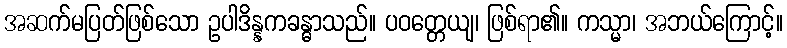
အဆက်မပြတ်ဖြစ်သော ဥပါဒိန္နကခန္ဓာသည်။ ပဝတ္တေယျ၊ ဖြစ်ရာ၏။ ကသ္မာ၊ အဘယ်ကြောင့်။